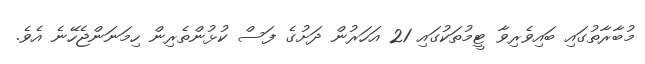
މުބާރާތުގައި ބައިވެރިވާ ޓީމުތަކުގައި 21 އަހަރުން ދަށުގެ ފަސް ކުޅުންތެރިން ހިމަނަންޖެހޭނެ އެވެ.